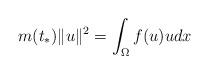
LaTeX: \begin{align*}m(t_{\ast})\|u\|^{2}=\int_{\Omega}f(u)u dx\end{align*}